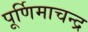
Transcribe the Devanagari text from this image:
पूर्णिमाचन्द्र